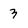
Character: 3